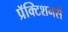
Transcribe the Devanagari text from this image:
प्रॅक्टिशनर्स